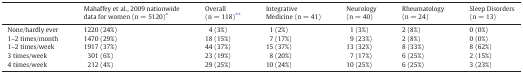
|  | Mahaffey et al., 2009 nationwide data for women (n = 5120)⁎ | Overall (n = 118)⁎⁎ | Integrative Medicine (n = 41) | Neurology (n = 40) | Rheumatology (n = 24) | Sleep Disorders (n = 13) |
 | --- | --- | --- | --- | --- | --- | --- |
 | None/hardly ever | 1220 (24%) | 4 (3%) | 1 (2%) | 1 (3%) | 2 (8%) | 0 (0%) |
 | 1–2 times/month | 1470 (29%) | 18 (15%) | 7 (17%) | 9 (23%) | 2 (8%) | 0 (0%) |
 | 1–2 times/week | 1917 (37%) | 44 (37%) | 15 (37%) | 13 (32%) | 8 (33%) | 8 (62%) |
 | 3 times/week | 301 (6%) | 23 (19%) | 8 (20%) | 7 (17%) | 6 (25%) | 2 (15%) |
 | 4 times/week | 212 (4%) | 29 (25%) | 10 (24%) | 10 (25%) | 6 (25%) | 3 (23%) |